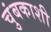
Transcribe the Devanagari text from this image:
चुंबकाशी